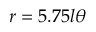
r = 5 . 7 5 l \theta